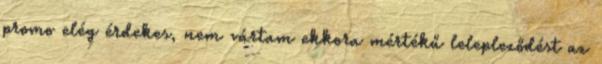
promo elég érdekes, nem vártam ekkora mértékű lelepleződést az